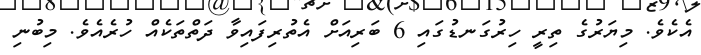
އެކެވެ. މިޔަރުގެ ތިރީ ހިރުގަނޑުގައި 6 ބަރިއަށް އެތުރިފައިވާ ދަތްތަކެއް ހުރެއެވެ. މިބުނި